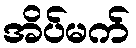
အိပ်မက်